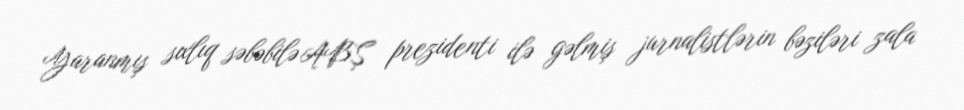
Yaranmış sıxlıq səbəbilə ABŞ prezidenti ilə gəlmiş jurnalistlərin bəziləri zala